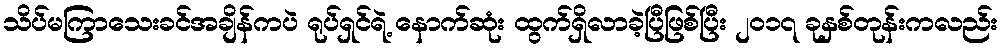
သိပ်မကြာသေးခင်အချိန်ကပဲ ရုပ်ရှင်ရဲ့ နောက်ဆုံး ထွက်ရှိလာခဲ့ပြီဖြစ်ပြီး ၂၀၁၇ ခုနှစ်တုန်းကလည်း